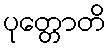
ပုတ္တောတိ